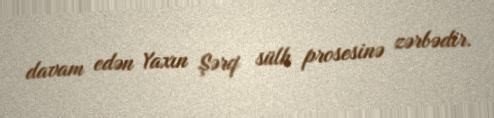
davam edən Yaxın Şərq sülh prosesinə zərbədir.